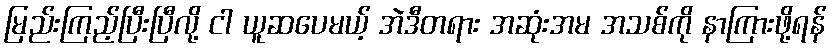
မြည်းကြည့်ပြီးပြီလို့ ငါ ယူဆပေမယ့် အဲဒီတရား အဆုံးအမ အသစ်ကို နာကြားဖို့ရန်